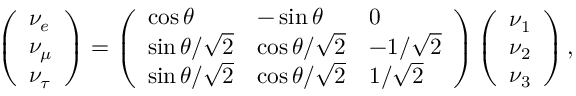
\left( \begin{array} { l } { { \nu _ { e } } } \\ { { \nu _ { \mu } } } \\ { { \nu _ { \tau } } } \end{array} \right) = \left( \begin{array} { l l l } { { \cos \theta } } & { { - \sin \theta } } & { { 0 } } \\ { { \sin \theta / \sqrt 2 } } & { { \cos \theta / \sqrt 2 } } & { { - 1 / \sqrt 2 } } \\ { { \sin \theta / \sqrt 2 } } & { { \cos \theta / \sqrt 2 } } & { { 1 / \sqrt 2 } } \end{array} \right) \left( \begin{array} { l } { { \nu _ { 1 } } } \\ { { \nu _ { 2 } } } \\ { { \nu _ { 3 } } } \end{array} \right) ,